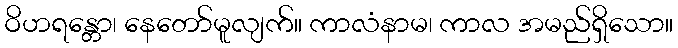
ဝိဟရန္တော၊ နေတော်မူလျက်။ ကာလံနာမ၊ ကာလ အမည်ရှိသော။